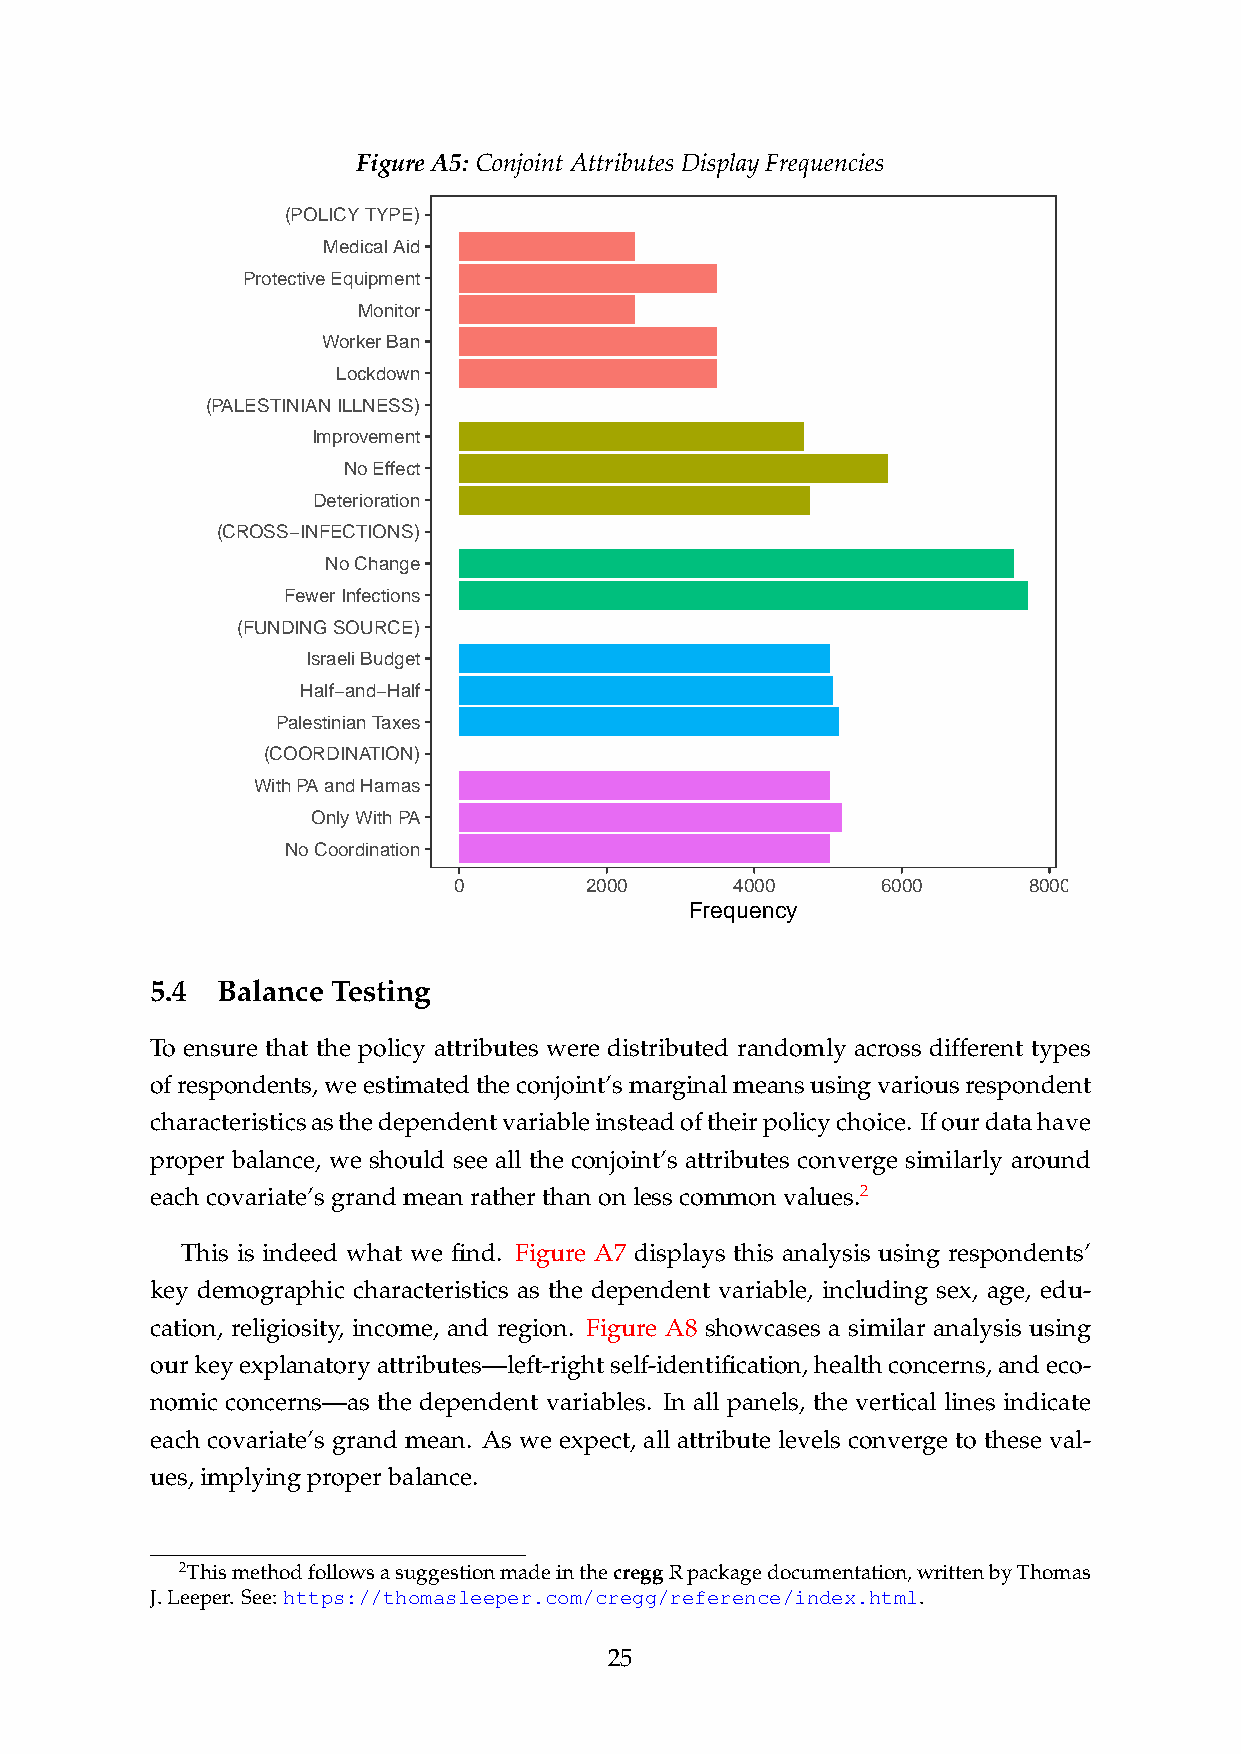
FigureA5: ConjointAttributesDisplayFrequencies
 (POLICY TYPE)
 Medical Aid
 Protective Equipment
 Monitor
 Worker Ban
 Lockdown
 (PALESTINIAN ILLNESS)
 Improvement
 No Effect
 Deterioration
 (CROSS−INFECTIONS)
 No Change
 Fewer Infections
 (FUNDING SOURCE)
 Israeli Budget
 Half−and−Half
 Palestinian Taxes
 (COORDINATION)
 With PA and Hamas
 Only With PA
 No Coordination
 0        2000      4000     6000      8000
 Frequency
 5.4 Balance Testing
 To ensure that the policy attributes were distributed randomly across different types
 ofrespondents,weestimatedtheconjoint’smarginalmeansusingvariousrespondent
 characteristicsasthedependentvariableinsteadoftheirpolicychoice. Ifourdatahave
 proper balance, we should see all the conjoint’s attributes converge similarly around
 eachcovariate’sgrandmeanratherthanonlesscommonvalues.2
 This is indeed what we find. Figure A7 displays this analysis using respondents’
 key demographic characteristics as the dependent variable, including sex, age, edu-
 cation, religiosity, income, and region. Figure A8 showcases a similar analysis using
 ourkeyexplanatoryattributes—left-rightself-identification,healthconcerns,andeco-
 nomic concerns—as the dependent variables. In all panels, the vertical lines indicate
 each covariate’s grand mean. As we expect, all attribute levels converge to these val-
 ues,implyingproperbalance.
 2ThismethodfollowsasuggestionmadeinthecreggRpackagedocumentation,writtenbyThomas
 J.Leeper. See: https://thomasleeper.com/cregg/reference/index.html.
 25